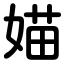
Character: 媌